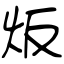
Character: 炍